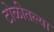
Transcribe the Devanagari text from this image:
टोळीतल्या